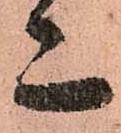
亦